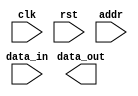
module QDR_SRAM (
    input wire clk, // clock signal
    input wire rst, // reset signal
    input wire [15:0] addr, // address input
    input wire [15:0] data_in, // data input
    output wire [15:0] data_out // data output
);

// Address decoding logic
// Implement address decoding logic here

// Data I/O buffers
// Implement data input/output buffers here

// Clock signal synchronization circuits
// Implement clock signal synchronization circuits here

// Control signals for read and write operations
// Implement control signals for read and write operations here

// Pipelining techniques for performance improvement
// Implement pipelining techniques here

// Separate read and write ports for efficient data transfer
// Implement separate read and write ports here

// Other logic for QDR SRAM design

endmodule